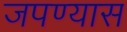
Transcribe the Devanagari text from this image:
जपण्यास